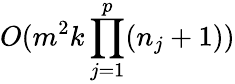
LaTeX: O(m^{2}k\prod_{j=1}^{p}(n_{j}+1))